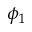
\phi _ { 1 }